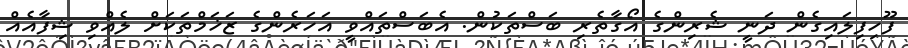
ފޫހިފިލައިގެން ދަނީ ޝެރިންގެ އޯގާތެރި ބަސްތަކުން. އެބަސްތައްވީ އަހަރެންގެ ޒަޚަމްތަކަށް ލެއްވި ޝިފާއެއް